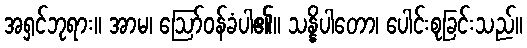
အရှင်ဘုရား။ အာမ၊ ဩော်ဝန်ခံပါ၏။ သန္နိပါတော၊ ပေါင်းစုခြင်းသည်။